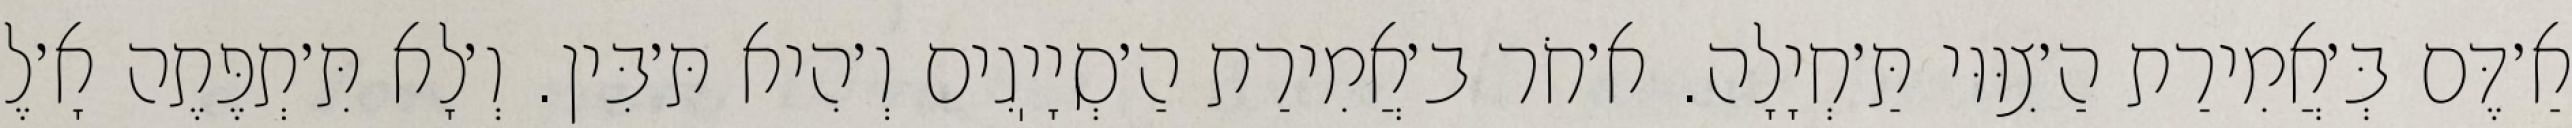
אַ׳דֶּם בְּ׳אֲמִירַת הַ׳צִוּוּי תַּ׳חְיָלָה. א׳חֹר ב׳אֲמִירַת הַ׳סְיָיֽגִים וְ׳הִיא תּ׳בִּין. וְ׳לָא תִּ׳תְפֶּתֶה אָ׳לֶ